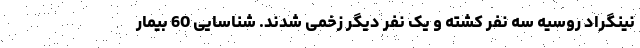
نینگراد روسیه سه نفر کشته و یک نفر دیگر زخمی شدند. شناسایی 60 بیمار